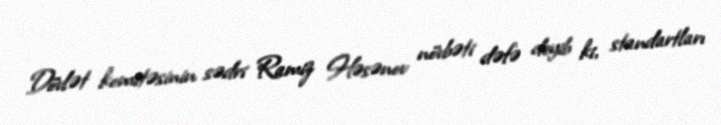
Dövlət komitəsinin sədri Ramiz Həsənov növbəti dəfə deyib ki, standartları